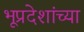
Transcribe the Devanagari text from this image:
भूप्रदेशांच्या